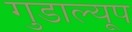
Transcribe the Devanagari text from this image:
गुडाल्यूप